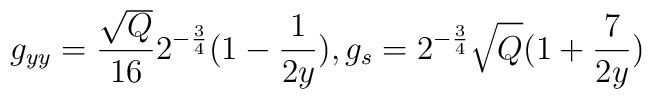
g_{yy} = \frac{\sqrt{Q}}{16}2^{-\frac{3}{4}}(1-\frac{1}{2y}) ,g_{s} = 2^{-\frac{3}{4}} \sqrt{Q}(1+\frac{7}{2y})